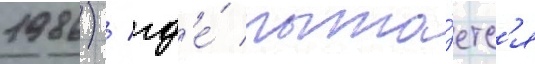
1986) / гд'е́ пыта́етс'я